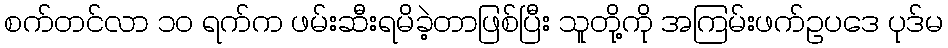
စက်တင်လာ ၁၀ ရက်က ဖမ်းဆီးရမိခဲ့တာဖြစ်ပြီး သူတို့ကို အကြမ်းဖက်ဥပဒေ ပုဒ်မ